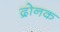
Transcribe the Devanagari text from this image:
द्रोनक